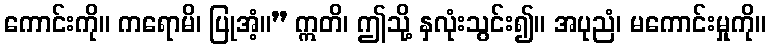
ကောင်းကို။ ကရောမိ၊ ပြုအံ့။” ဣတိ၊ ဤသို့ နှလုံးသွင်း၍။ အပုညံ၊ မကောင်းမှုကို။